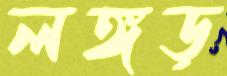
লঙ্গড়